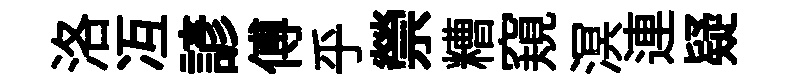
洛冱諺傅乎禜糟窺溟連疑